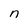
Character: n